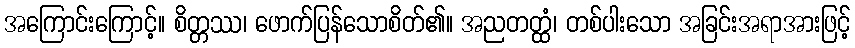
အကြောင်းကြောင့်။ စိတ္တဿ၊ ဖောက်ပြန်သောစိတ်၏။ အညတတ္ထံ၊ တစ်ပါးသော အခြင်းအရာအားဖြင့်